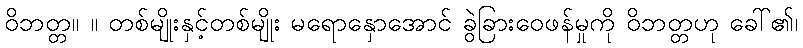
ဝိဘတ္တ။ ။ တစ်မျိုးနှင့်တစ်မျိုး မရောနှောအောင် ခွဲခြားဝေဖန်မှုကို ဝိဘတ္တဟု ခေါ်၏၊